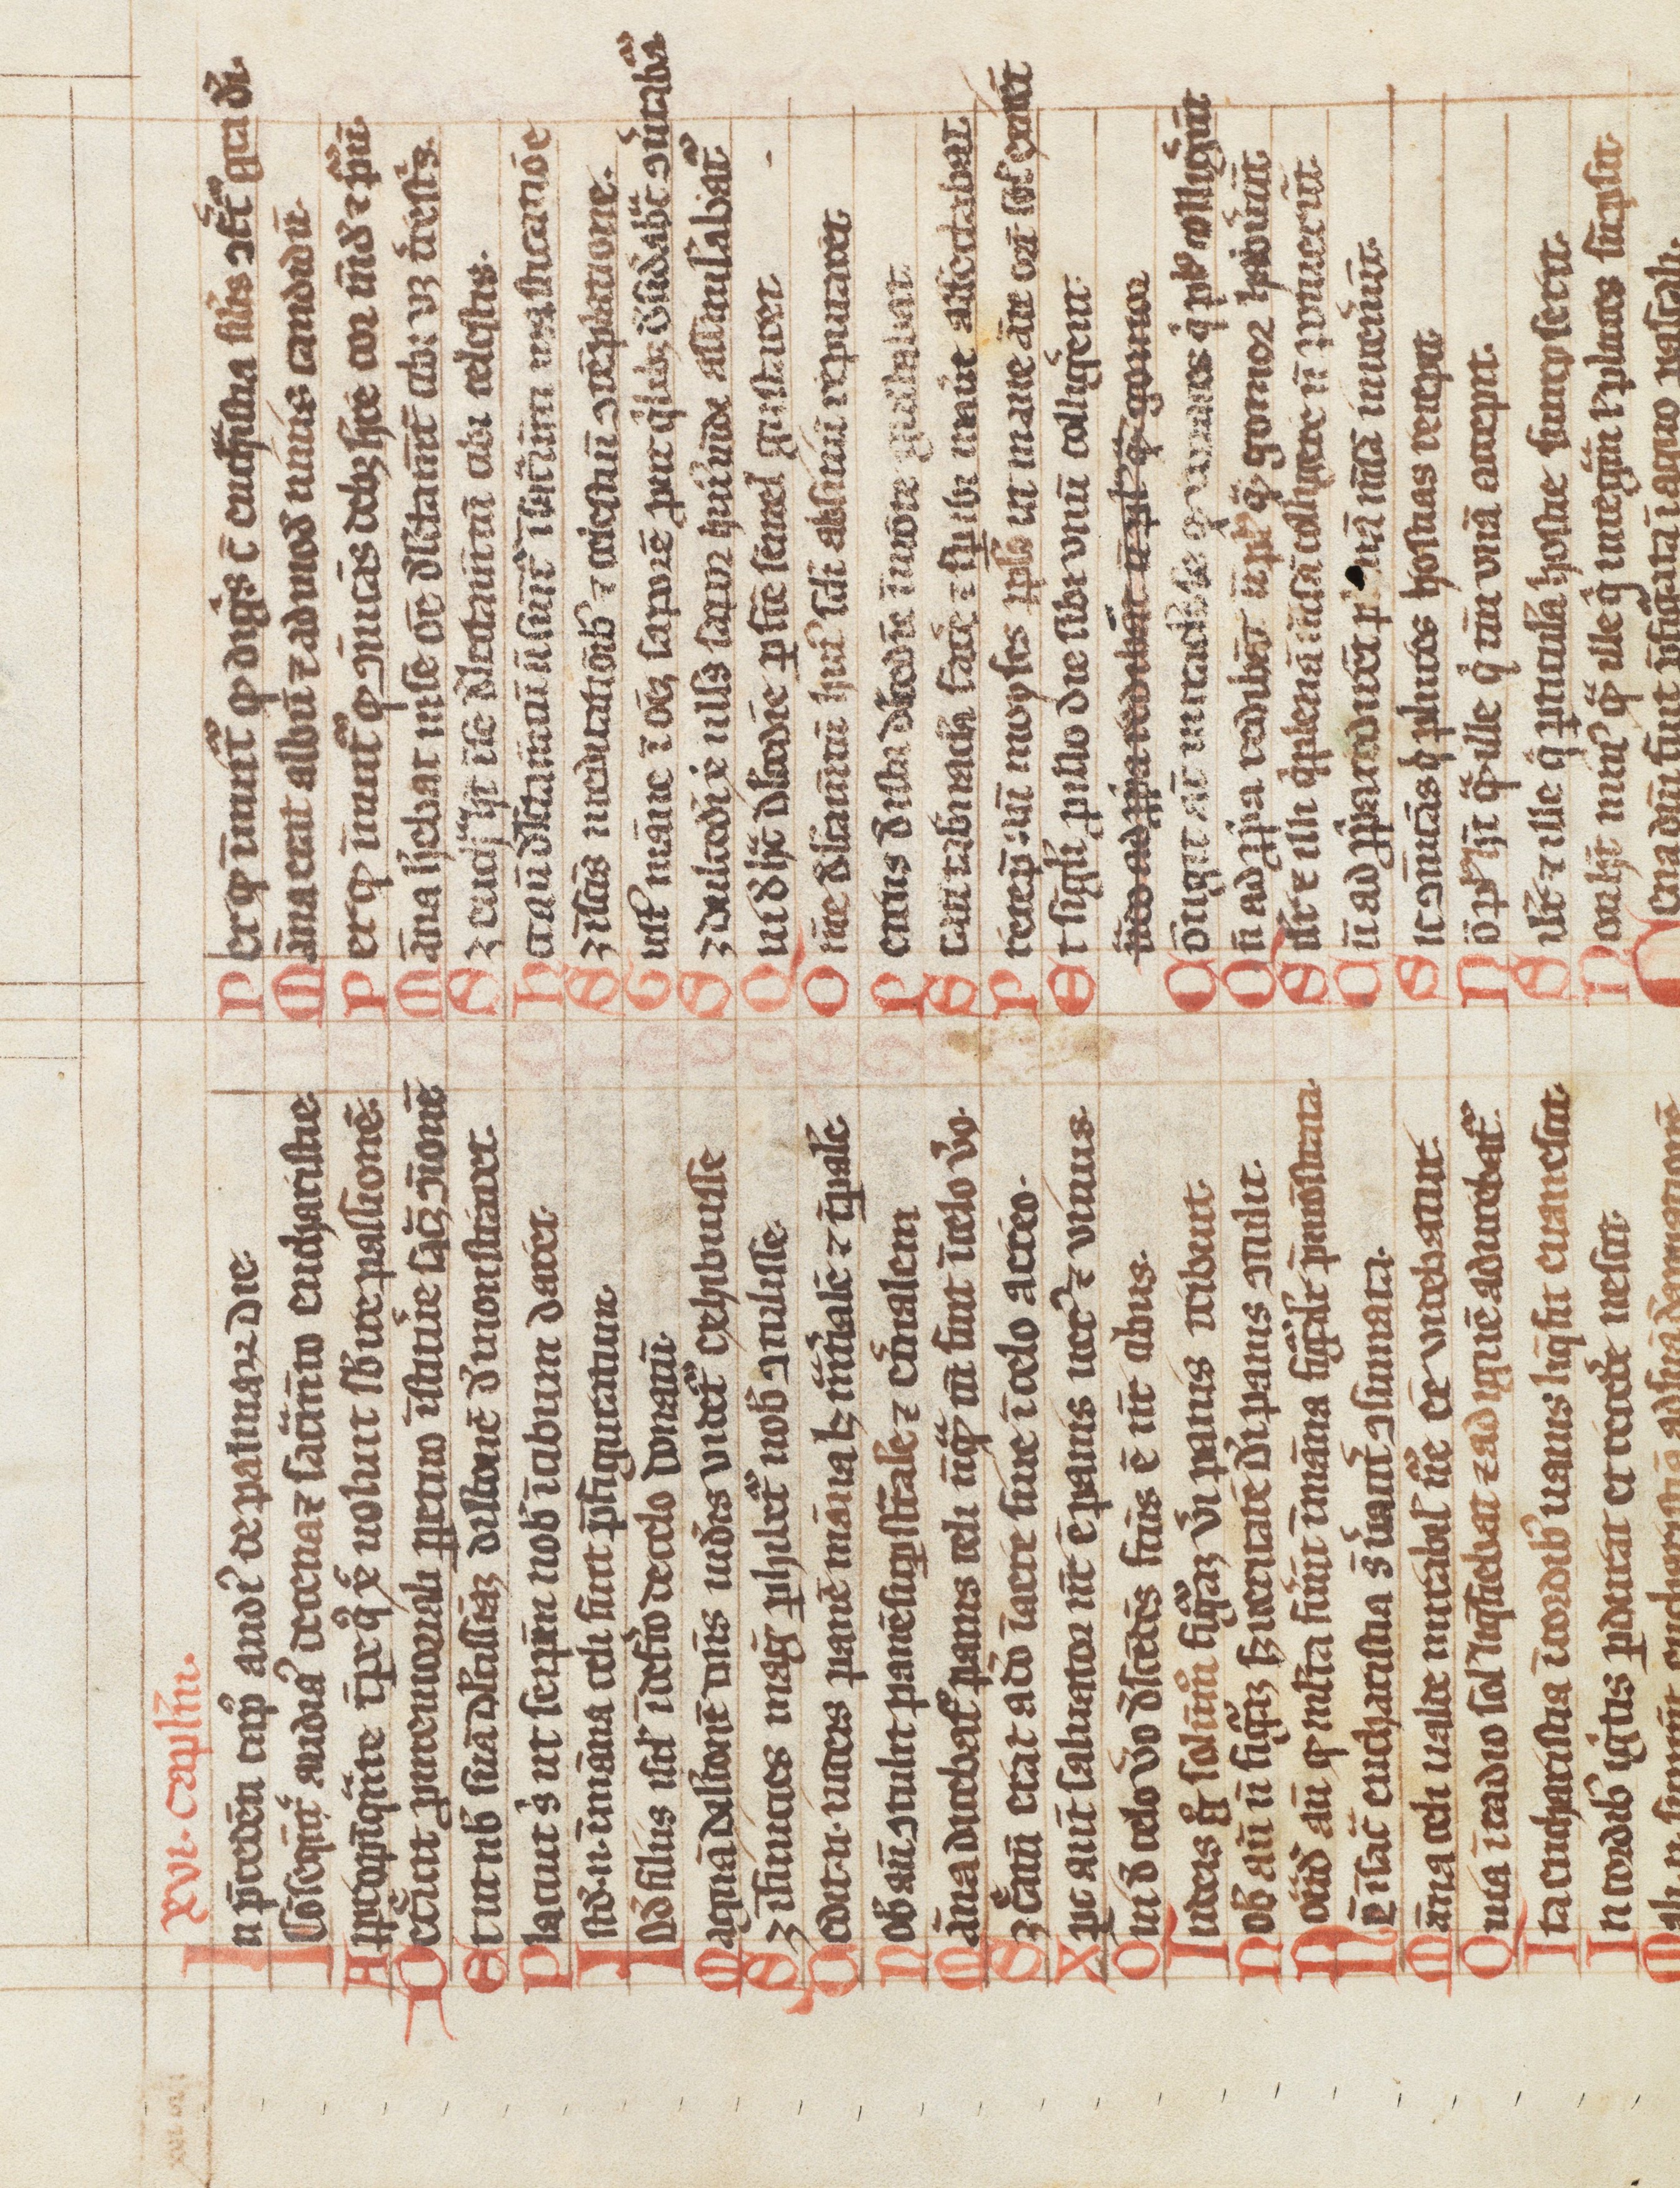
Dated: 1200–1230